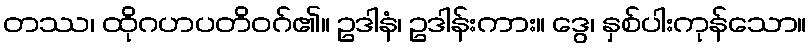
တဿ၊ ထိုဂဟပတိဝဂ်၏။ ဥဒါနံ၊ ဥဒါန်းကား။ ဒွေ၊ နှစ်ပါးကုန်သော။